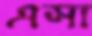
এসা